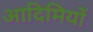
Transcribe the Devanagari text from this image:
आदिमियों